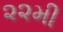
૨૨મી